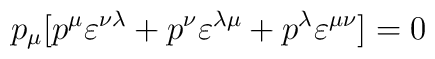
p_{\mu}[p^{\mu} \varepsilon^{\nu \lambda} + p^{\nu} \varepsilon^{\lambda \mu} + p^{\lambda} \varepsilon^{\mu \nu}] =0